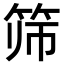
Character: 筛